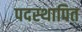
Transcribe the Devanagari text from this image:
पदस्‍थापित